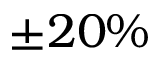
\pm 2 0 \%